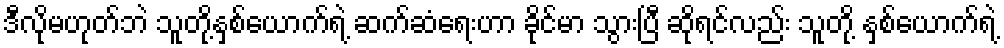
ဒီလိုမဟုတ်ဘဲ သူတို့နှစ်ယောက်ရဲ့ ဆက်ဆံရေးဟာ ခိုင်မာ သွားပြီ ဆိုရင်လည်း သူတို့ နှစ်ယောက်ရဲ့